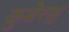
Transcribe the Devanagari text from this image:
कुबेरश्च